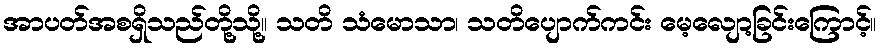
အာပတ်အစရှိသည်တို့သို့။ သတိ သံမောသာ၊ သတိပျောက်ကင်း မေ့လျော့ခြင်းကြောင့်။